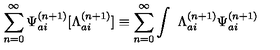
\sum _ { n = 0 } ^ { \infty } { \Psi } _ { a i } ^ { ( n + 1 ) } [ { \Lambda } _ { a i } ^ { ( n + 1 ) } ] \equiv \sum _ { n = 0 } ^ { \infty } \int \ { \Lambda } _ { a i } ^ { ( n + 1 ) } { \Psi } _ { a i } ^ { ( n + 1 ) }